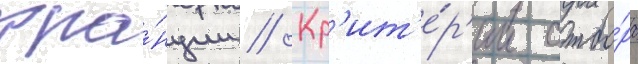
фра́нции // Кр'ит'е́р'ии отбо́ра